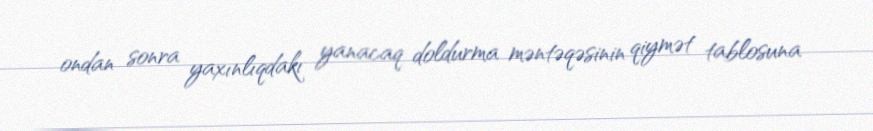
ondan sonra yaxınlıqdakı yanacaq doldurma məntəqəsinin qiymət tablosuna